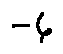
- 6